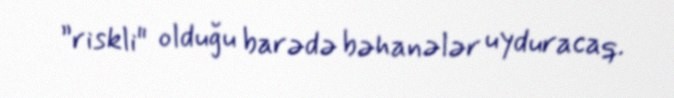
”riskli" olduğu barədə bəhanələr uyduracaq.